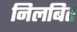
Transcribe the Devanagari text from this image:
निलबित